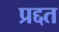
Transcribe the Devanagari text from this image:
प्रद्दत